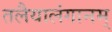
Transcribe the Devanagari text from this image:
तलैयालंगानम्